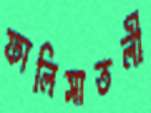
ফালিসাতলী